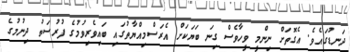
ދަނޑުގައެވެ. އެގޮތަށް ނިންމީ ވީހާވެސް ގިނަ ބަޔަކަށް އެރަސްމިއްޔާތުގައި ބައިވެރިވުމުގެ ފުރުސަތު ދިނުމުގެ